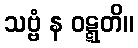
သဗ္ဗံ န ဝဋ္ဋတိ။